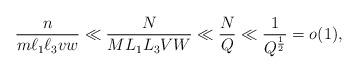
LaTeX: \begin{align*}\frac{n}{m\ell_1\ell_3 vw} \ll \frac{N}{ML_1L_3VW} \ll \frac{N}{Q} \ll \frac{1}{Q^{\frac{1}{2}}} = o(1),\end{align*}